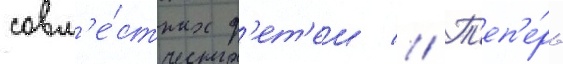
совм'е́стных д'ет'еи // Т'еп'е́рь